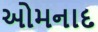
ઓમનાદ